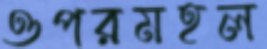
ওপরমহল